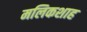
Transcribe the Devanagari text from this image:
मलिकशाह